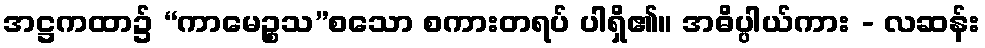
အဋ္ဌကထာ၌ “ကာမေဉ္စသ”စသော စကားတရပ် ပါရှိ၏။ အဓိပ္ပါယ်ကား - လဆန်း